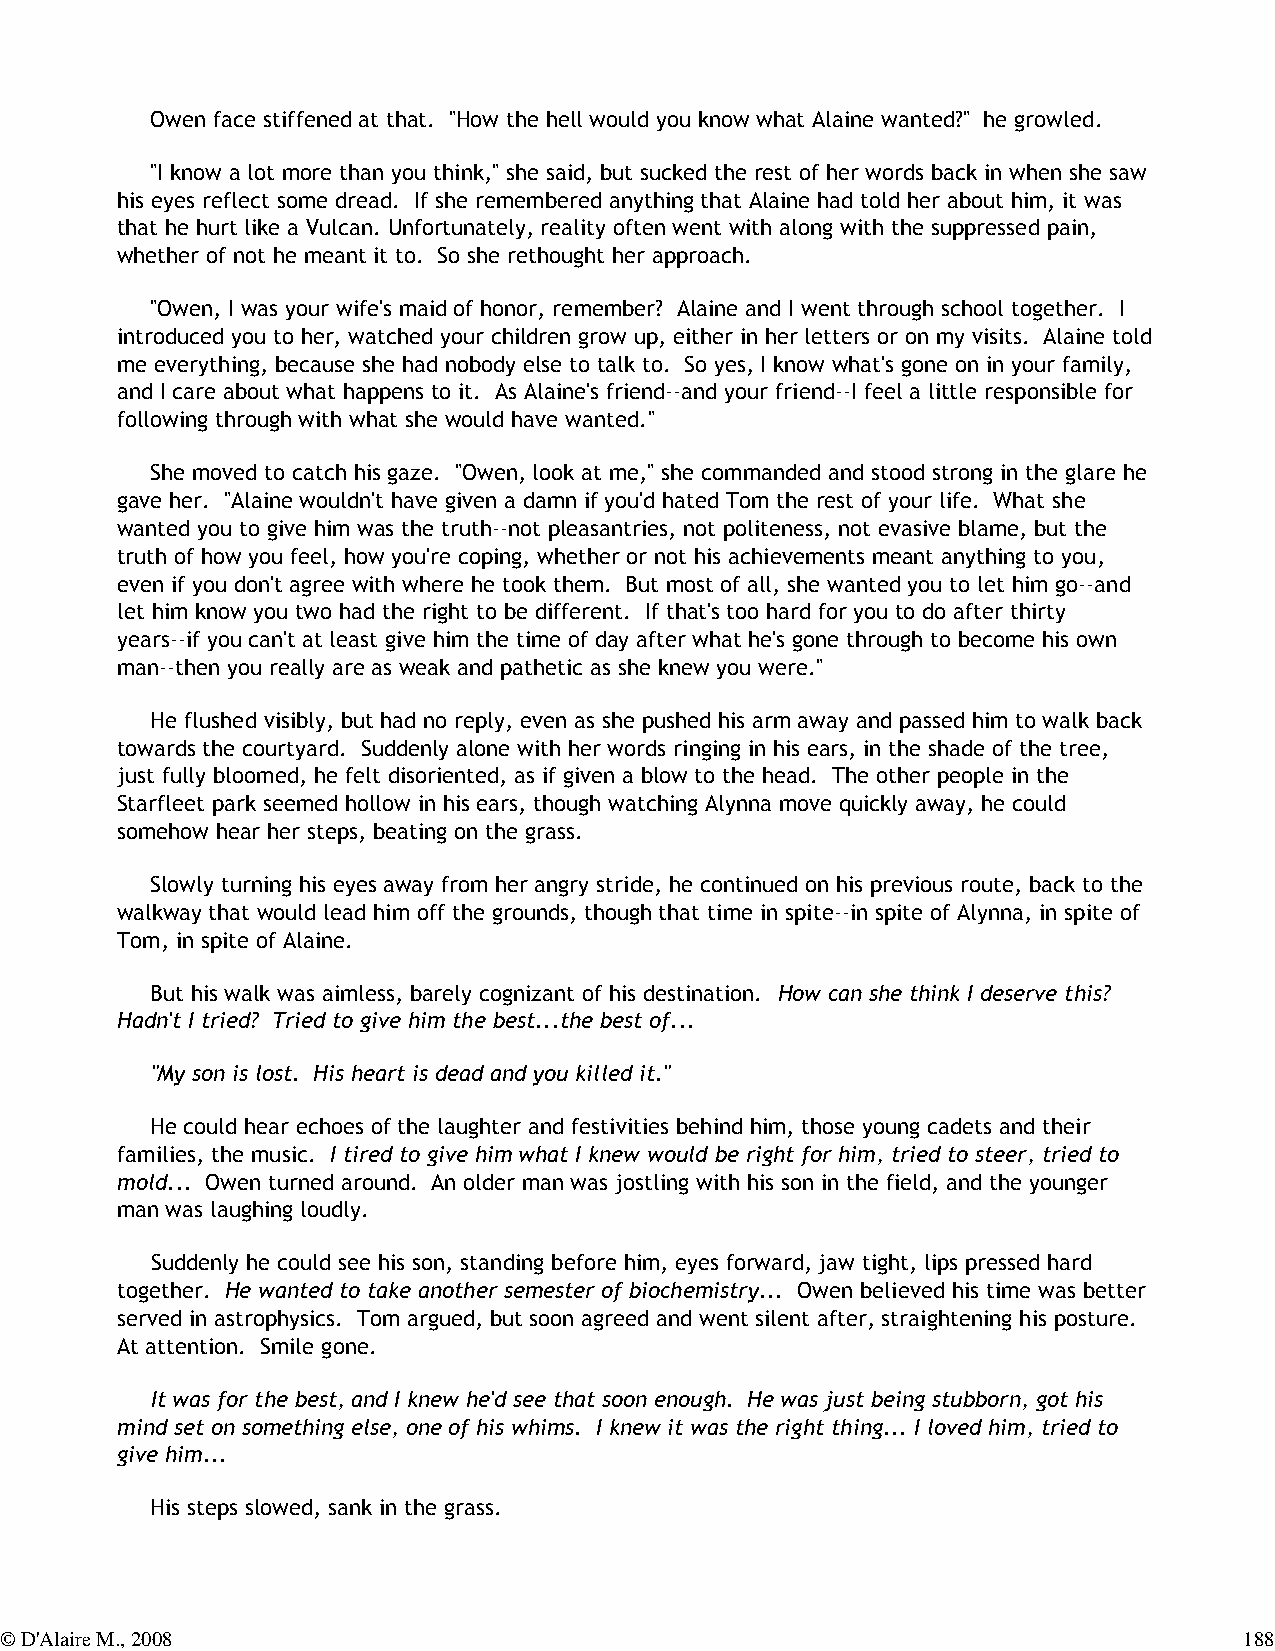
Owen face stiffened at that. "How the hell would you know what Alaine wanted?" he growled.
 "I know a lot more than you think," she said, but sucked the rest of her words back in when she saw
 his eyes reflect some dread. If she remembered anything that Alaine had told her about him, it was
 that he hurt like a Vulcan. Unfortunately, reality often went with along with the suppressed pain,
 whether of not he meant it to. So she rethought her approach.
 "Owen, I was your wife's maid of honor, remember? Alaine and I went through school together. I
 introduced you to her, watched your children grow up, either in her letters or on my visits. Alaine told
 me everything, because she had nobody else to talk to. So yes, I know what's gone on in your family,
 and I care about what happens to it. As Alaine's friend--and your friend--I feel a little responsible for
 following through with what she would have wanted."
 She moved to catch his gaze. "Owen, look at me," she commanded and stood strong in the glare he
 gave her. "Alaine wouldn't have given a damn if you'd hated Tom the rest of your life. What she
 wanted you to give him was the truth--not pleasantries, not politeness, not evasive blame, but the
 truth of how you feel, how you're coping, whether or not his achievements meant anything to you,
 even if you don't agree with where he took them. But most of all, she wanted you to let him go--and
 let him know you two had the right to be different. If that's too hard for you to do after thirty
 years--if you can't at least give him the time of day after what he's gone through to become his own
 man--then you really are as weak and pathetic as she knew you were."
 He flushed visibly, but had no reply, even as she pushed his arm away and passed him to walk back
 towards the courtyard. Suddenly alone with her words ringing in his ears, in the shade of the tree,
 just fully bloomed, he felt disoriented, as if given a blow to the head. The other people in the
 Starfleet park seemed hollow in his ears, though watching Alynna move quickly away, he could
 somehow hear her steps, beating on the grass.
 Slowly turning his eyes away from her angry stride, he continued on his previous route, back to the
 walkway that would lead him off the grounds, though that time in spite--in spite of Alynna, in spite of
 Tom, in spite of Alaine.
 But his walk was aimless, barely cognizant of his destination. How can she think I deserve this?
 Hadn't I tried? Tried to give him the best...the best of...
 "My son is lost. His heart is dead and you killed it."
 He could hear echoes of the laughter and festivities behind him, those young cadets and their
 families, the music. I tired to give him what I knew would be right for him, tried to steer, tried to
 mold... Owen turned around. An older man was jostling with his son in the field, and the younger
 man was laughing loudly.
 Suddenly he could see his son, standing before him, eyes forward, jaw tight, lips pressed hard
 together. He wanted to take another semester of biochemistry... Owen believed his time was better
 served in astrophysics. Tom argued, but soon agreed and went silent after, straightening his posture.
 At attention. Smile gone.
 It was for the best, and I knew he'd see that soon enough. He was just being stubborn, got his
 mind set on something else, one of his whims. I knew it was the right thing... I loved him, tried to
 give him...
 His steps slowed, sank in the grass.
 © D'Alaire M., 2008                                                               188